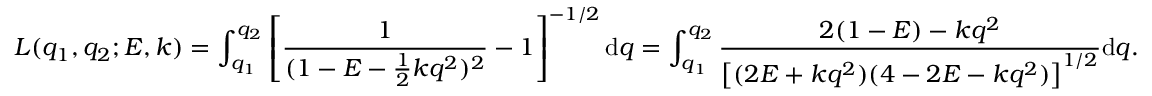
L ( q _ { 1 } , q _ { 2 } ; E , k ) = \int _ { q _ { 1 } } ^ { q _ { 2 } } \left[ \frac { 1 } { ( 1 - E - \frac { 1 } { 2 } k q ^ { 2 } ) ^ { 2 } } - 1 \right] ^ { - 1 / 2 } \mathrm { d } q = \int _ { q _ { 1 } } ^ { q _ { 2 } } \frac { 2 ( 1 - E ) - k q ^ { 2 } } { \left[ ( 2 E + k q ^ { 2 } ) ( 4 - 2 E - k q ^ { 2 } ) \right] ^ { 1 / 2 } } \mathrm { d } q .